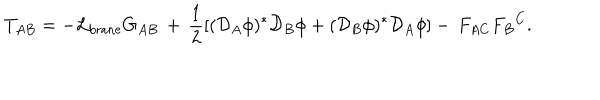
T _ { A B } = - { \cal L } _ { \mathrm { b r a n e } } G _ { A B } \, + \, \frac { 1 } { 2 } \left[ ( { \cal D } _ { A } \phi ) ^ { * } { \cal D } _ { B } \phi + ( { \cal D } _ { B } \phi ) ^ { * } { \cal D } _ { A } \phi \right] - \, F _ { A C } { F _ { B } } ^ { C } .